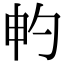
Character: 畃